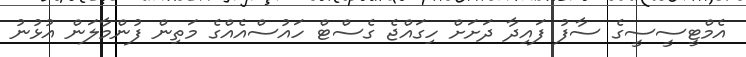
އެމްޓީސީސީގެ ސާފު ފައިދާ ދަށަށް ހިގައްޖެ ގެސްޓް ހައުސްއެއްގެ މަތިން ފުންމާލަން އުޅުނު